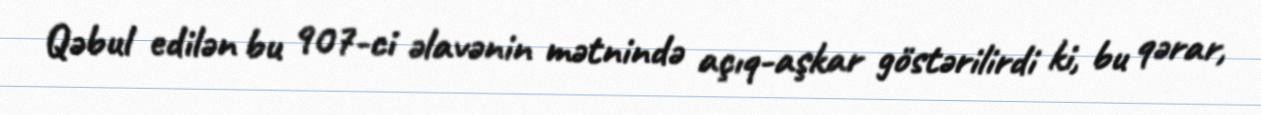
Qəbul edilən bu 907-ci əlavənin mətnində açıq-aşkar göstərilirdi ki, bu qərar,